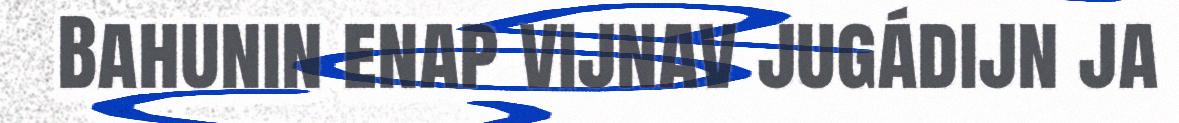
Bahunin enap vijnav jugádijn ja